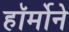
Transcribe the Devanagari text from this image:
हॉर्मोने